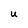
Character: u